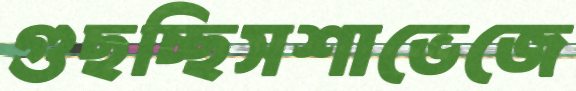
গুছচ্ছিসশাভেজে